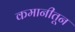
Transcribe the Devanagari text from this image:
कमानीतून